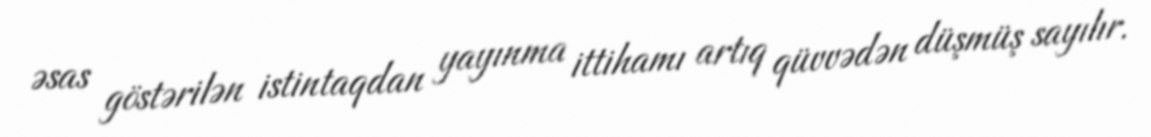
əsas göstərilən istintaqdan yayınma ittihamı artıq qüvvədən düşmüş sayılır.